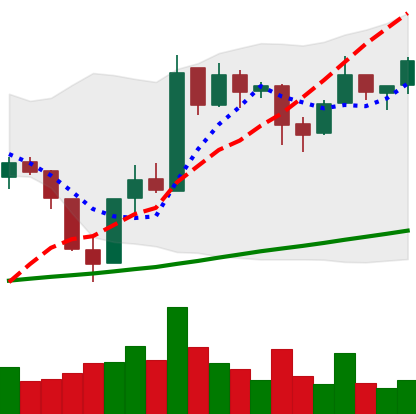
Ticker: BTC-USD
Chart end date: 2017-07-31
Forward return: 13.131%
Label: up_7plus